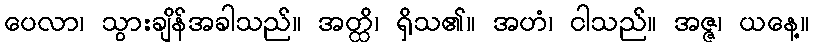
ပေလာ၊ သွားချိန်အခါသည်။ အတ္ထိ၊ ရှိသ၏။ အဟံ၊ ငါသည်။ အဇ္ဇ၊ ယနေ့။